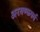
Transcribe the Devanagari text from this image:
अरयण्कपर्व